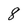
Character: 8